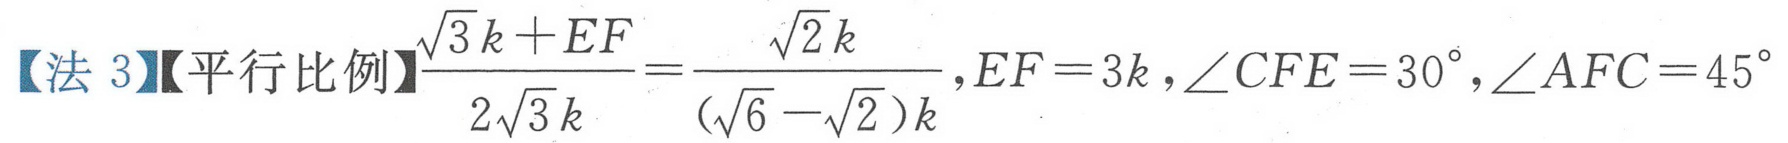
【法 3】【平行比例】$\frac{\sqrt{3}k + EF}{2\sqrt{3}k}=\frac{\sqrt{2}k}{(\sqrt{6}-\sqrt{2})k},EF = 3k,\angle CFE = 30^{\circ},\angle AFC = 45^{\circ}$